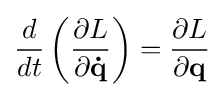
{\frac {d}{dt}}\left({\frac {\partial L}{\partial \mathbf {\dot {q}} }}\right)={\frac {\partial L}{\partial \mathbf {q} }}